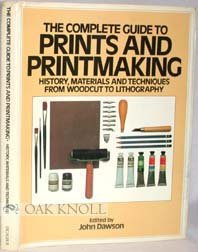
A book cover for The Complete Guide to Prints and Printmaking: History, Materials and Techniques from Woodcut to Lithography; John Dawson; Arts & Photography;